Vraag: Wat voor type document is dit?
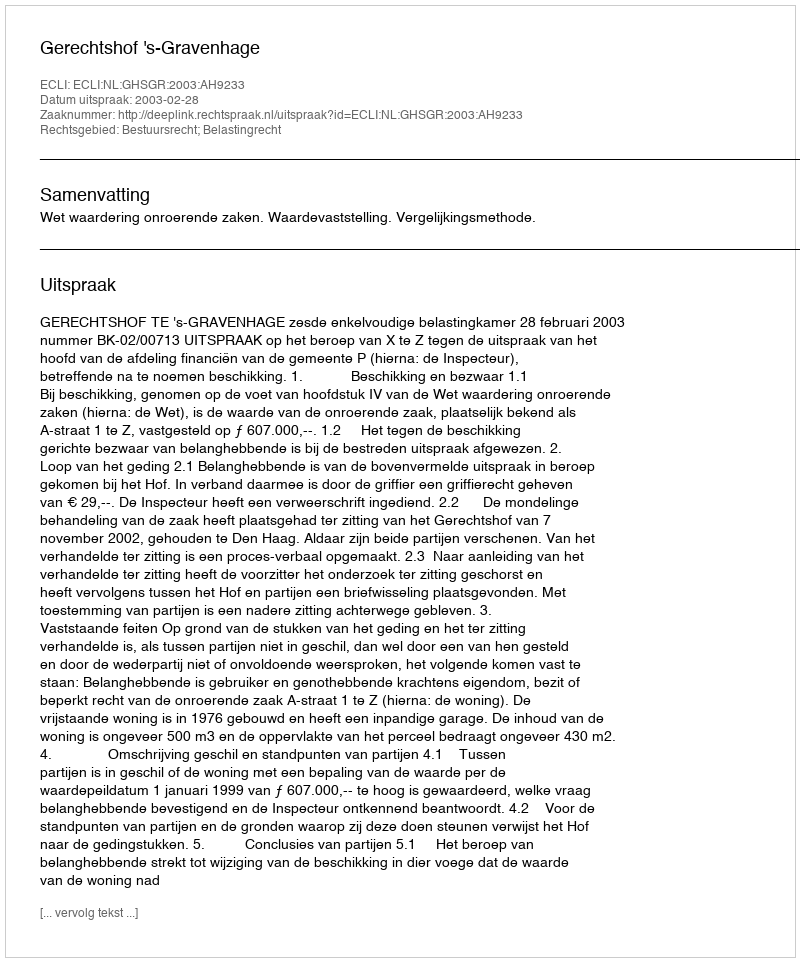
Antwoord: Uitspraak